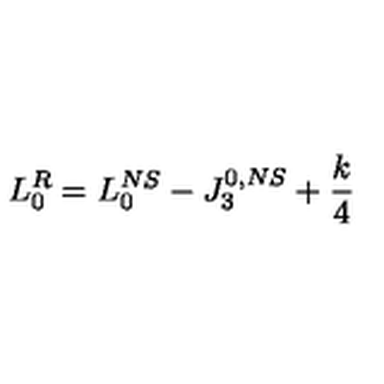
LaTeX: L _ { 0 } ^ { R } = L _ { 0 } ^ { N S } - J _ { 3 } ^ { 0 , N S } + { \frac { k } { 4 } }